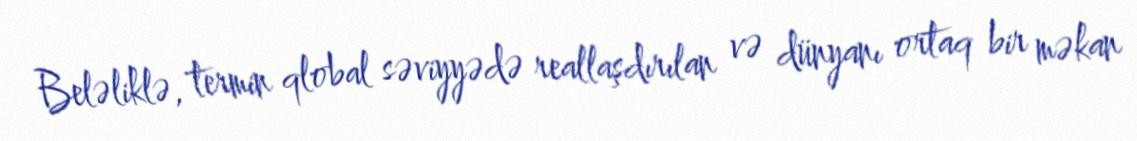
Beləliklə, termin qlobal səviyyədə reallaşdırılan və dünyanı ortaq bir məkan